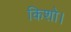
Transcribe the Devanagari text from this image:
किशो।